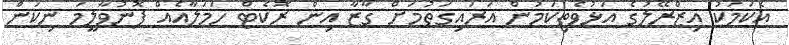
އެކަމަކު އިޒްރޭލުގެ އަޅުވެތިކަމުން އަރައިގަތުމަށް ގާޒާ އިން ރޮކެޓް ހަމަލާއެއް ފޮނުވާލީމަ ނިކަން